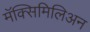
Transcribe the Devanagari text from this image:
मॅक्सिमिलिअन